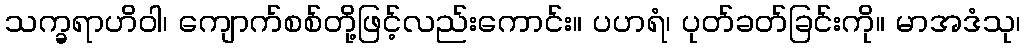
သက္ခရာဟိဝါ၊ ကျောက်စစ်တို့ဖြင့်လည်းကောင်း။ ပဟရံ၊ ပုတ်ခတ်ခြင်းကို။ မာအဒံသု၊